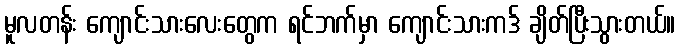
မူလတန်း ကျောင်းသားလေးတွေက ရင်ဘက်မှာ ကျောင်းသားကဒ် ချိတ်ပြီးသွားတယ်။